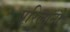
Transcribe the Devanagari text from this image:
एरिलानो